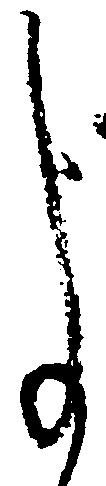
事